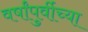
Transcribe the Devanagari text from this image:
वर्षांपुर्वीच्या